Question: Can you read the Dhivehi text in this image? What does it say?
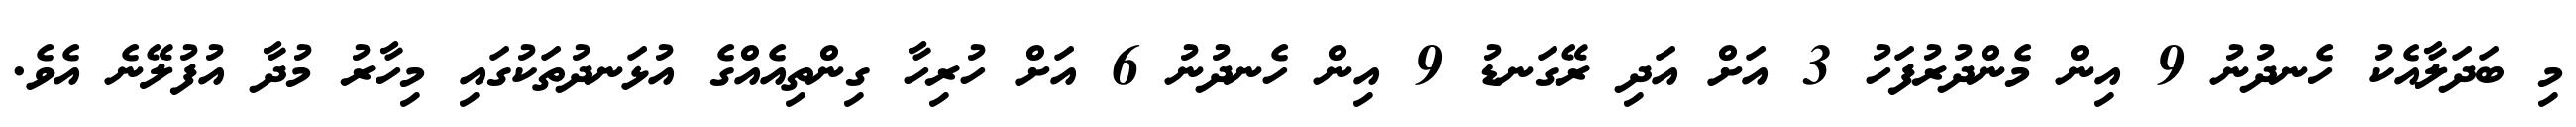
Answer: މި ބަދަލާއެކު ހެނދުނު 9 އިން މެންދުރުފަހު 3 އަށް އަދި ރޭގަނޑު 9 އިން ހެނދުނު 6 އަށް ހުރިހާ ގިންތިއެއްގެ އުޅަނދުތަކުގައި މިހާރު މުދާ އުފުލޭނެ އެވެ.